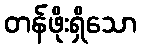
တန်ဖိုးရှိသော